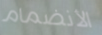
الأنضمام